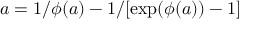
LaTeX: a = 1 / { \phi ( a ) } - 1 / [ \exp ( \phi ( a ) ) - 1 ] ~ \,